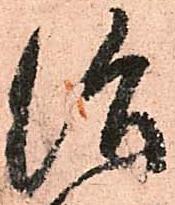
治